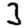
Digit: 3